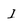
Character: I